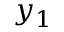
y _ { 1 }